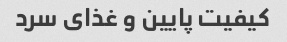
کیفیت پایین و غذای سرد